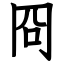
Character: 冏